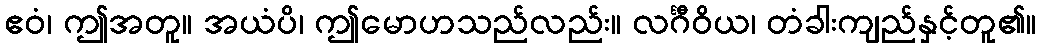
ဧဝံ၊ ဤအတူ။ အယံပိ၊ ဤမောဟသည်လည်း။ လင်္ဂီဝိယ၊ တံခါးကျည်နှင့်တူ၏။